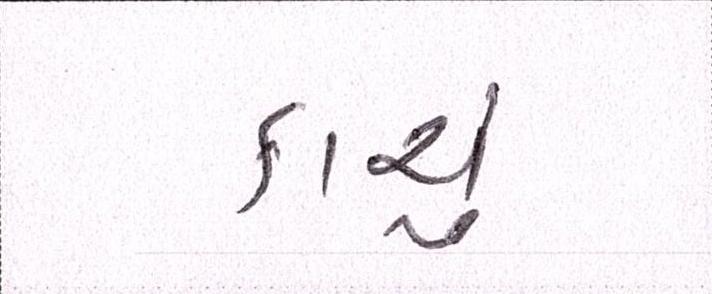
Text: કાચું